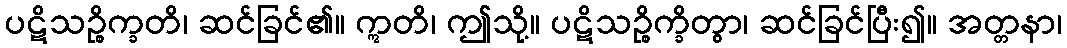
ပဋိသဉ္စိက္ခတိ၊ ဆင်ခြင်၏။ ဣတိ၊ ဤသို့။ ပဋိသဉ္စိက္ခိတွာ၊ ဆင်ခြင်ပြီး၍။ အတ္တနာ၊